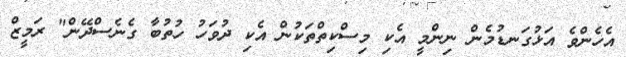
އެހެންވެ އަޅުގަނޑުމެން ނިންމީ އެކި މިސްކިތްތަކުން އެކި ދުވަހު ހުތުބާ ގެނެސްދޭން" ރަމީޒް